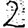
Digit: 2